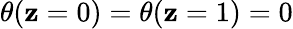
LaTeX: \theta(\mathbf{z}=0)=\theta(\mathbf{z}=1)=0